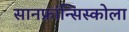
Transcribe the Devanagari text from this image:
सानफ्रांन्सिस्कोला